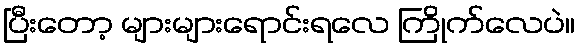
ပြီးတော့ များများရောင်းရလေ ကြိုက်လေပဲ။